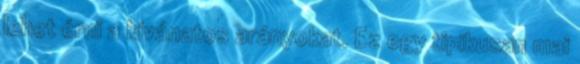
lehet érni a kívánatos arányokat. Ez egy tipikusan mai